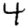
Digit: 4